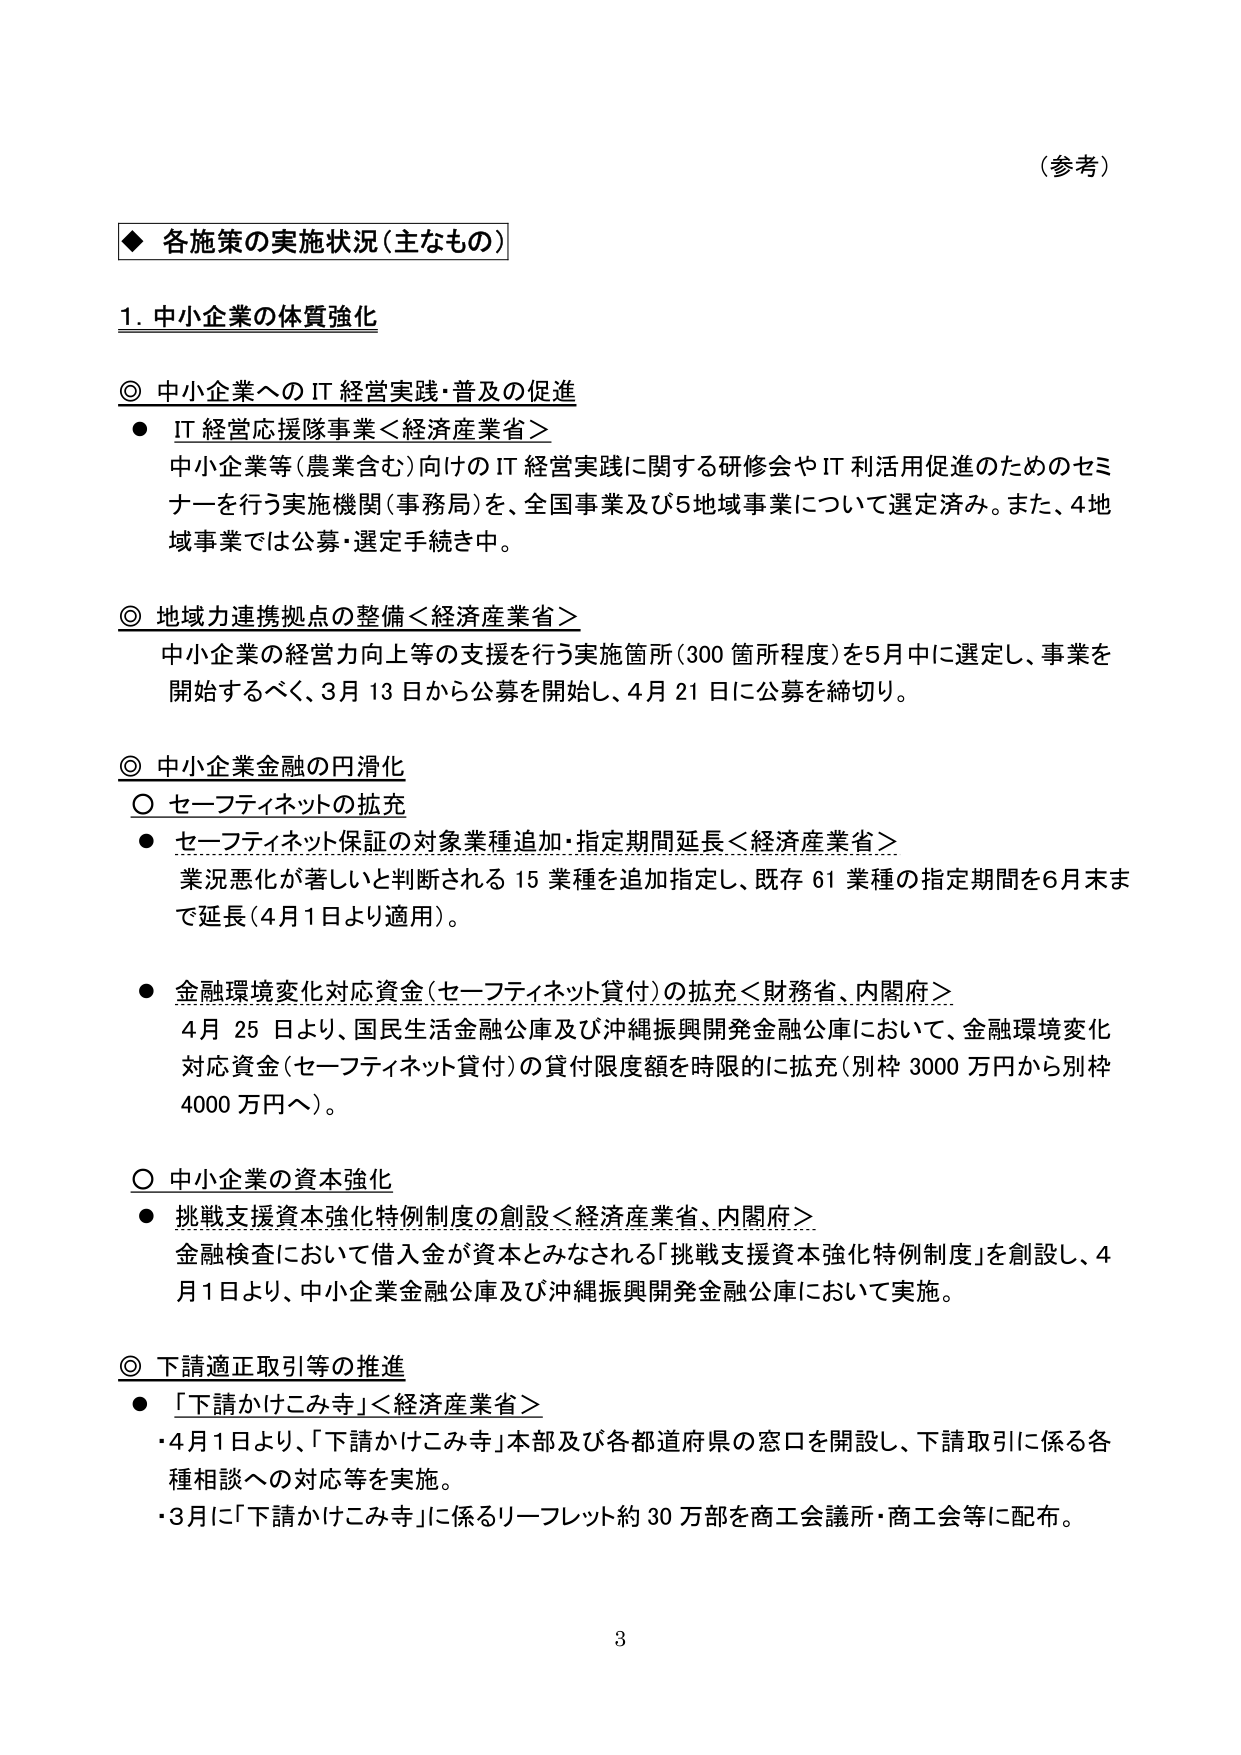
（参考）

◆ 各施策の実施状況（主なもの）

1. 中小企業の体質強化

◎ 中小企業への IT 経営実践・普及の促進
● IT 経営応援隊事業＜経済産業省＞
　中小企業等（農業含む）向けの IT 経営実践に関する研修会や IT 利活用促進のためのセミナーを行う実施機関（事務局）を、全国事業及び5地域事業について選定済み。また、4地域事業では公募・選定手続き中。

◎ 地域力連携拠点の整備＜経済産業省＞
　中小企業の経営力向上等の支援を行う実施箇所（300 箇所程度）を5月中に選定し、事業を開始するべく、3月13日から公募を開始し、4月21日に公募を締切り。

◎ 中小企業金融の円滑化
○ セーフティネットの拡充
● セーフティネット保証の対象業種追加・指定期間延長＜経済産業省＞
　業況悪化が著しいと判断される 15 業種を追加指定し、既存 61 業種の指定期間を6月末まで延長（4月1日より適用）。

● 金融環境変化対応資金（セーフティネット貸付）の拡充＜財務省、内閣府＞
　4月25日より、国民生活金融公庫及び沖縄振興開発金融公庫において、金融環境変化対応資金（セーフティネット貸付）の貸付限度額を時限的に拡充（別枠 3000 万円から別枠 4000 万円へ）。

○ 中小企業の資本強化
● 挑戦支援資本強化特例制度の創設＜経済産業省、内閣府＞
　金融検査において借入金が資本とみなされる「挑戦支援資本強化特例制度」を創設し、4月1日より、中小企業金融公庫及び沖縄振興開発金融公庫において実施。

◎ 下請適正取引等の推進
● 「下請かけこみ寺」＜経済産業省＞
　・4月1日より、「下請かけこみ寺」本部及び各都道府県の窓口を開設し、下請取引に係る各種相談への対応等を実施。
　・3月に「下請かけこみ寺」に係るリーフレット約 30 万部を商工会議所・商工会等に配布。

3